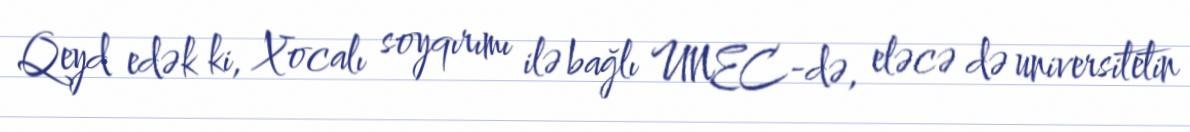
Qeyd edək ki, Xocalı soyqırımı ilə bağlı UNEC-də, eləcə də universitetin